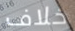
خلاف